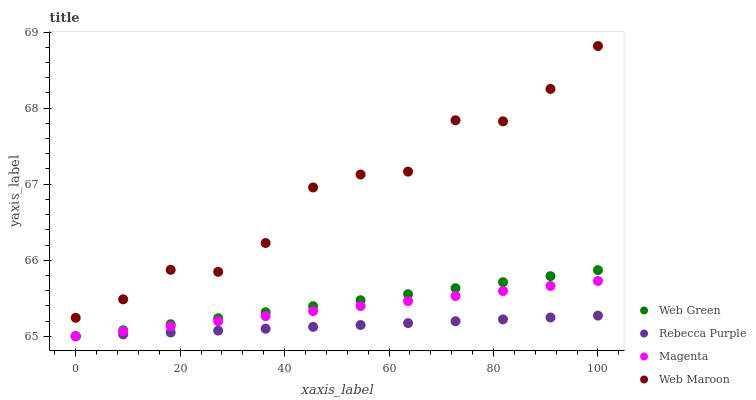
| xaxis_label | Web Green | Rebecca Purple | Magenta | Web Maroon |
 | --- | --- | --- | --- | --- |
 | 0 | 65 | 65 | 65 | 65.2 |
 | 9.09 | 65.1 | 65 | 65.1 | 65.5 |
 | 18.2 | 65.2 | 65 | 65.1 | 65.9 |
 | 27.3 | 65.2 | 65.1 | 65.2 | 65.8 |
 | 36.4 | 65.3 | 65.1 | 65.3 | 66.2 |
 | 45.5 | 65.4 | 65.1 | 65.3 | 67 |
 | 54.5 | 65.5 | 65.1 | 65.4 | 67.1 |
 | 63.6 | 65.6 | 65.2 | 65.5 | 67.2 |
 | 72.7 | 65.6 | 65.2 | 65.5 | 67.8 |
 | 81.8 | 65.7 | 65.2 | 65.6 | 67.8 |
 | 90.9 | 65.8 | 65.2 | 65.7 | 68.3 |
 | 100 | 65.9 | 65.3 | 65.7 | 68.8 |